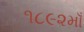
૧૮૯૨માઁ